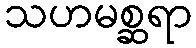
သဟမစ္ဆရာ